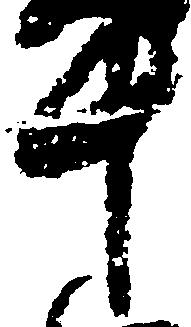
十